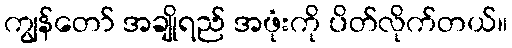
ကျွန်တော် အချိုရည် အဖုံးကို ပိတ်လိုက်တယ်။